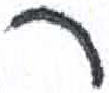
אות: ר